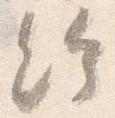
給